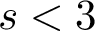
s < 3